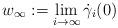
LaTeX: \begin{align*}w_\infty:=\lim_{i\to\infty}\dot\gamma_i(0)\end{align*}